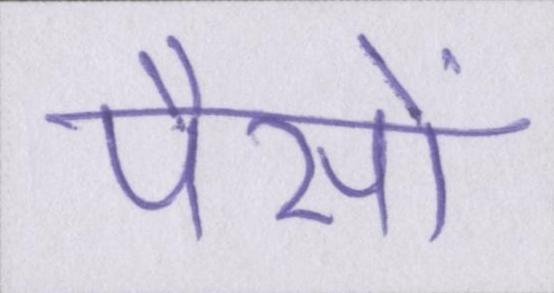
पैसों